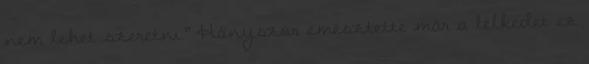
nem lehet szeretni.” Hányszor emésztette már a lelkedet ez